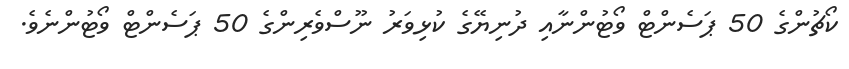
ކޯޗުންގެ 50 ޕަސެންޓް ވޯޓުންނާއި ދުނިޔޭގެ ކުޅިވަރު ނޫސްވެރިންގެ 50 ޕަސެންޓް ވޯޓުންނެވެ.